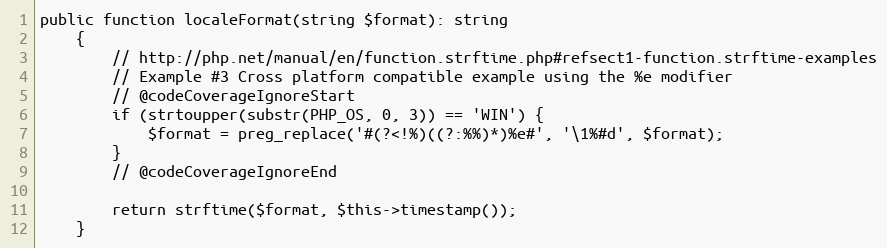
Language: PHP
public function localeFormat(string $format): string
    {
        // http://php.net/manual/en/function.strftime.php#refsect1-function.strftime-examples
        // Example #3 Cross platform compatible example using the %e modifier
        // @codeCoverageIgnoreStart
        if (strtoupper(substr(PHP_OS, 0, 3)) == 'WIN') {
            $format = preg_replace('#(?<!%)((?:%%)*)%e#', '\1%#d', $format);
        }
        // @codeCoverageIgnoreEnd

        return strftime($format, $this->timestamp());
    }